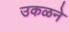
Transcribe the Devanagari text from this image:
उकळने